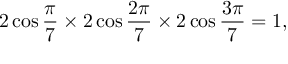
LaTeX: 2 \cos { \frac { \pi } { 7 } } \times 2 \cos { \frac { 2 \pi } { 7 } } \times 2 \cos { \frac { 3 \pi } { 7 } } = 1 ,